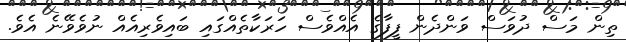
ތިން މަސް ދުވަސް ވަންދެން ފީފާގެ އެއްވެސް ހަރަކާތެއްގައި ބައިވެރިއެއް ނުވެވޭނެ އެވެ.